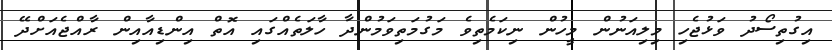
އިގުތިސޯދު ވަޅުޖެހި މިލިއަނުން މީހުން ނިކަމެތިވެ މަގުމަތިވަމުންދާ ހާލަތެއްގައި އޮތް އިންޑިއާއިން ރާއްޖެއަށްދޭ